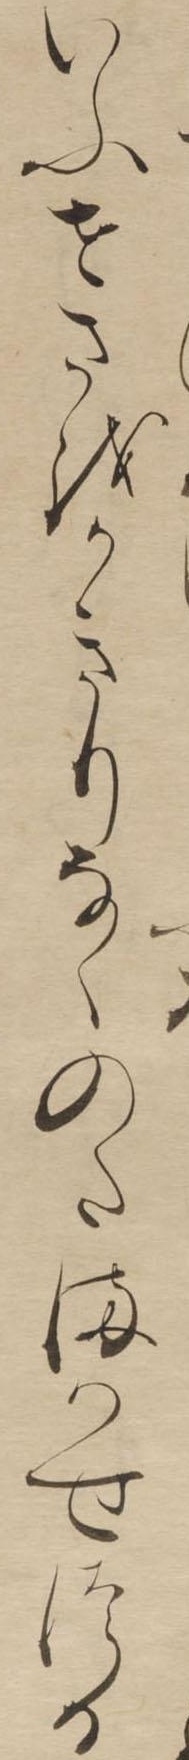
いふせさをかきりなくのたまはせつる